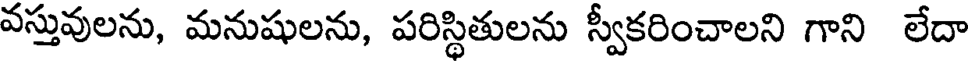
వస్తువులను, మనుషులను, పరిస్థితులను స్వీకరించాలని గాని లేదా